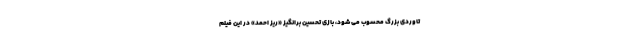
تاوردی بزرگ محسوب می شود، بازی تحسین برانگیز «ریز احمِد» در این فیلم